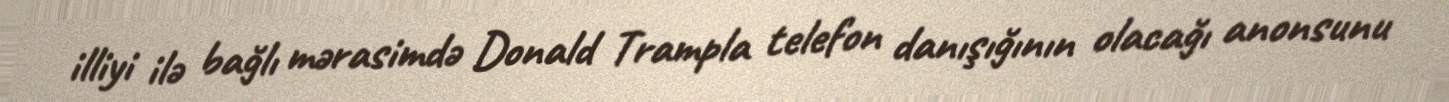
illiyi ilə bağlı mərasimdə Donald Trampla telefon danışığının olacağı anonsunu